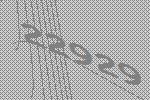
22929